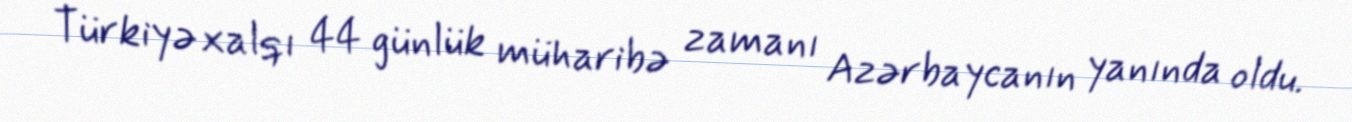
Türkiyə xalqı 44 günlük müharibə zamanı Azərbaycanın yanında oldu.